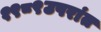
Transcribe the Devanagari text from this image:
१९८९उपरांत